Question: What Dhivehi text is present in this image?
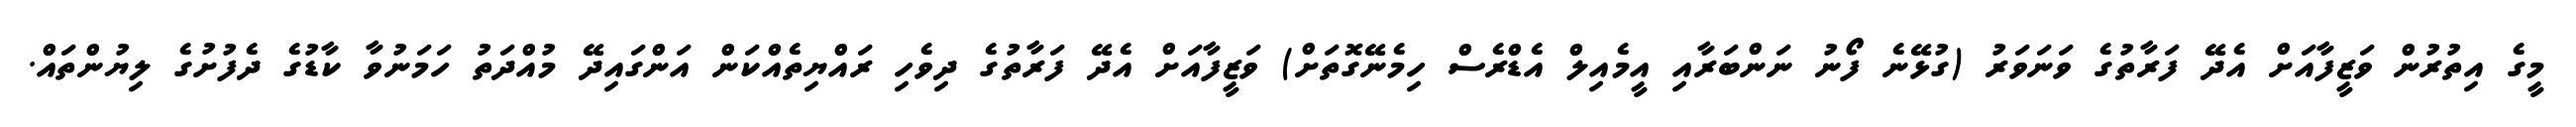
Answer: މީގެ އިތުރުން ވަޒީފާއަށް އެދޭ ފަރާތުގެ ވަނަވަރު (ގުޅޭނެ ފޯނު ނަންބަރާއި އީމެއިލް އެޑްރެސް ހިމެނޭގޮތަށް) ވަޒީފާއަށް އެދޭ ފަރާތުގެ ދިވެހި ރައްޔިތެއްކަން އަންގައިދޭ މުއްދަތު ހަމަނުވާ ކާޑުގެ ދެފުށުގެ ލިޔުންތައް.